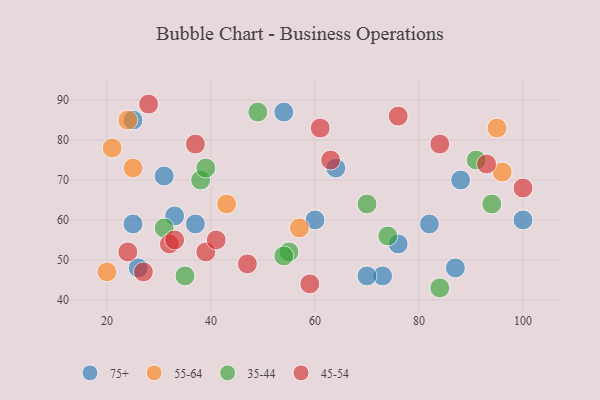
{"axis": {"x": "GDP", "y": "Life Expectancy"}, "legend": ["35-44", "45-54", "55-64", "75+"], "data": [{"x": "73", "y": 46, "type": "75+"}, {"x": "31", "y": 71, "type": "75+"}, {"x": "60", "y": 60, "type": "75+"}, {"x": "70", "y": 46, "type": "75+"}, {"x": "88", "y": 70, "type": "75+"}, {"x": "37", "y": 59, "type": "75+"}, {"x": "25", "y": 85, "type": "75+"}, {"x": "64", "y": 73, "type": "75+"}, {"x": "33", "y": 61, "type": "75+"}, {"x": "54", "y": 87, "type": "75+"}, {"x": "82", "y": 59, "type": "75+"}, {"x": "76", "y": 54, "type": "75+"}, {"x": "87", "y": 48, "type": "75+"}, {"x": "100", "y": 60, "type": "75+"}, {"x": "26", "y": 48, "type": "75+"}, {"x": "25", "y": 59, "type": "75+"}, {"x": "21", "y": 78, "type": "55-64"}, {"x": "24", "y": 85, "type": "55-64"}, {"x": "25", "y": 73, "type": "55-64"}, {"x": "20", "y": 47, "type": "55-64"}, {"x": "57", "y": 58, "type": "55-64"}, {"x": "96", "y": 72, "type": "55-64"}, {"x": "95", "y": 83, "type": "55-64"}, {"x": "43", "y": 64, "type": "55-64"}, {"x": "38", "y": 70, "type": "35-44"}, {"x": "91", "y": 75, "type": "35-44"}, {"x": "94", "y": 64, "type": "35-44"}, {"x": "84", "y": 43, "type": "35-44"}, {"x": "49", "y": 87, "type": "35-44"}, {"x": "39", "y": 73, "type": "35-44"}, {"x": "55", "y": 52, "type": "35-44"}, {"x": "31", "y": 58, "type": "35-44"}, {"x": "70", "y": 64, "type": "35-44"}, {"x": "54", "y": 51, "type": "35-44"}, {"x": "74", "y": 56, "type": "35-44"}, {"x": "35", "y": 46, "type": "35-44"}, {"x": "39", "y": 52, "type": "45-54"}, {"x": "59", "y": 44, "type": "45-54"}, {"x": "37", "y": 79, "type": "45-54"}, {"x": "24", "y": 52, "type": "45-54"}, {"x": "84", "y": 79, "type": "45-54"}, {"x": "100", "y": 68, "type": "45-54"}, {"x": "32", "y": 54, "type": "45-54"}, {"x": "63", "y": 75, "type": "45-54"}, {"x": "93", "y": 74, "type": "45-54"}, {"x": "41", "y": 55, "type": "45-54"}, {"x": "61", "y": 83, "type": "45-54"}, {"x": "76", "y": 86, "type": "45-54"}, {"x": "33", "y": 55, "type": "45-54"}, {"x": "28", "y": 89, "type": "45-54"}, {"x": "27", "y": 47, "type": "45-54"}, {"x": "47", "y": 49, "type": "45-54"}]}